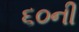
૬૦ની